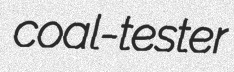
coal-tester